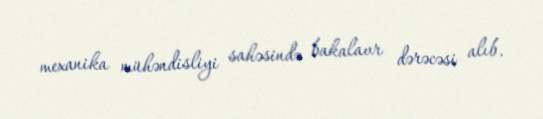
mexanika mühəndisliyi sahəsində bakalavr dərəcəsi alıb.